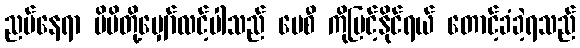
ညပ်နေရာ မိမိတို့မျှော်လင့်ပါသည် ပေစီ ကိုမြင့်နိုင်ရယ် တောင့်ခံခဲ့ရသည်